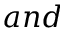
a n d